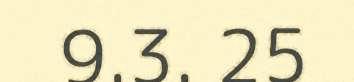
9.3. 25